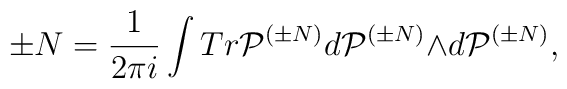
\pm N=\frac{1}{2{\pi}i}\int Tr{\cal P}^{({\pm}N)}d{\cal P}^{({\pm}N)}{\wedge}d{\cal P}^{({\pm}N)},